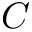
C